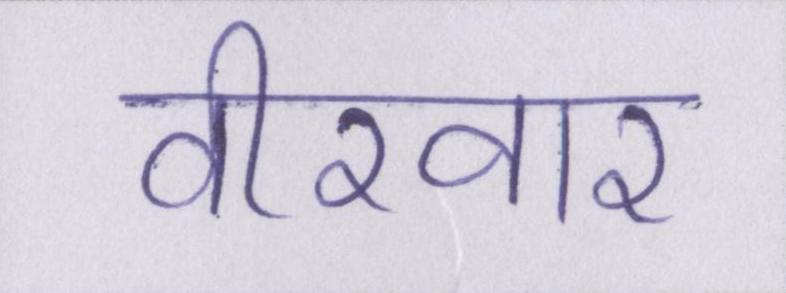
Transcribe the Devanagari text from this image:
वीरवार